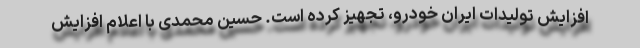
افزایش تولیدات ایران خودرو، تجهیز کرده است. حسین محمدی با اعلام افزایش